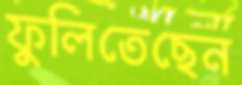
ফুলিতেছেন